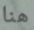
هنا